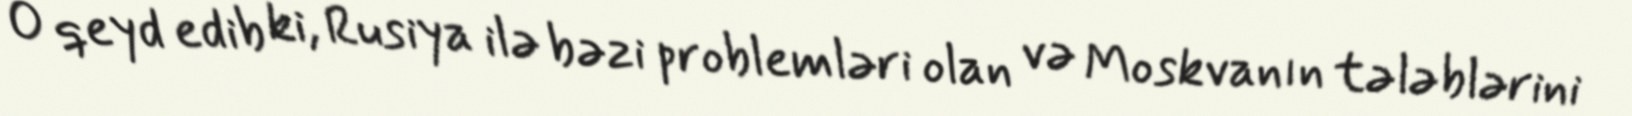
O qeyd edib ki, Rusiya ilə bəzi problemləri olan və Moskvanın tələblərini